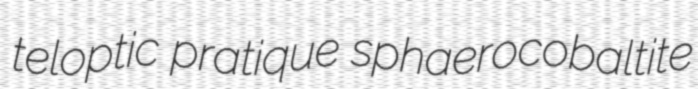
teloptic pratique sphaerocobaltite